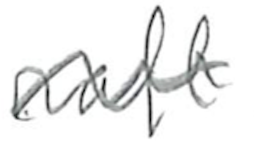
Text: raft
Cross-out: wave
Writing tool: pencil